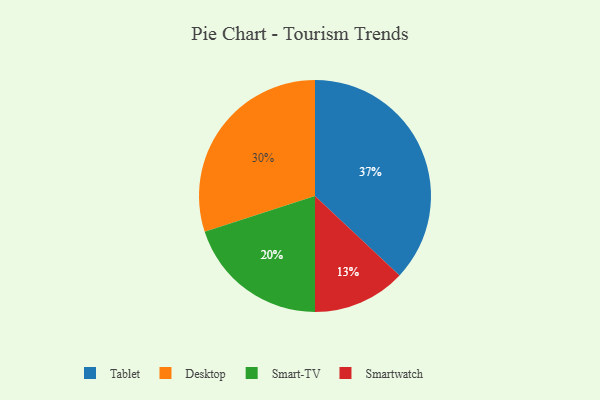
{"axis": {"x": "Category", "y": "Percentage"}, "legend": ["Desktop", "Smart-TV", "Smartwatch", "Tablet"], "data": [{"x": "Smartwatch", "y": 13, "type": "Smartwatch"}, {"x": "Desktop", "y": 30, "type": "Desktop"}, {"x": "Tablet", "y": 37, "type": "Tablet"}, {"x": "Smart-TV", "y": 20, "type": "Smart-TV"}]}